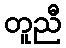
တူညီ